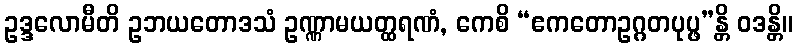
ဥဒ္ဒလောမီတိ ဥဘယတောဒသံ ဥဏ္ဏာမယတ္ထရဏံ, ကေစိ “ဧကတောဥဂ္ဂတပုပ္ဖ”န္တိ ဝဒန္တိ။